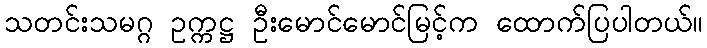
သတင်းသမဂ္ဂ ဥက္ကဋ္ဌ ဦးမောင်မောင်မြင့်က ထောက်ပြပါတယ်။